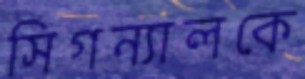
সিগন্যালকে